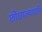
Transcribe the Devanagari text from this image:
छीछाल्यादरि